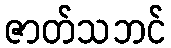
ဇာတ်သဘင်